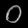
Digit: ၀